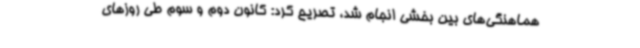
هماهنگی‌های بین بخشی انجام شد، تصریح کرد: کانون دوم و سوم طی روزهای